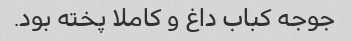
جوجه کباب داغ و کاملا پخته بود.